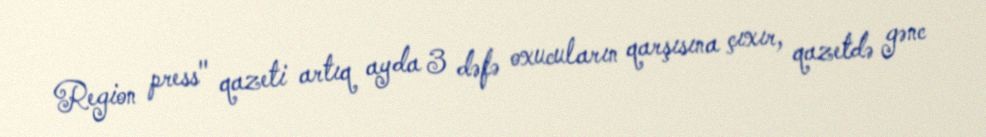
Region press" qazeti artıq ayda 3 dəfə oxucuların qarşısına çıxır, qazetdə gənc